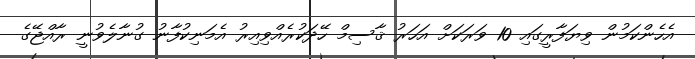
އެހެންކަމުން ވިޔަފާރީގައި 10 ވަރަކަށް އަހަރު ޤާސިމް ހޭދަކުރެއްވިއިރު އެމަނިކުފާނު ގުނާލެވުނީ ރާއްޖޭގެ